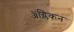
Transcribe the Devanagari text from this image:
ॲंग्लिकन